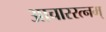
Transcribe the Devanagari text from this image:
आचाररत्नम्